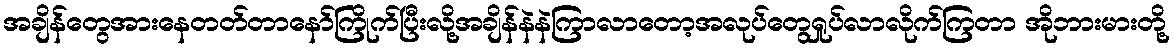
အချိန်တွေအားနေတတ်တာနော်ကြိုက်ပြီးလို့အချိန်နဲနဲကြာလာတော့အလုပ်တွေရှုပ်လာလိုက်ကြတာ အိုဘားမားတို့